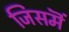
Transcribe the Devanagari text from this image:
जिसमॆं